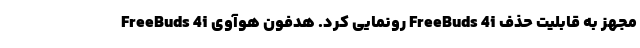
FreeBuds 4i رونمایی کرد. هدفون هوآوی FreeBuds 4i مجهز به قابلیت حذف